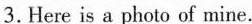
3. Here is a photo of mine.